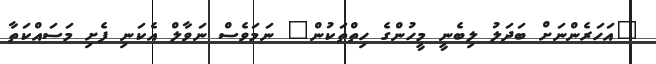
"އަހަރެންނަށް ބަދަލު ލިބެނީ މީހުންގެ ހިތްތަކުން" ނަމަވެސް ނަވާލް އެކަނި ފެށި މަސައްކަތާ